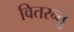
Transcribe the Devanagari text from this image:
वितरन्तु